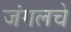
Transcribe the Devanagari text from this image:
जंगलचे